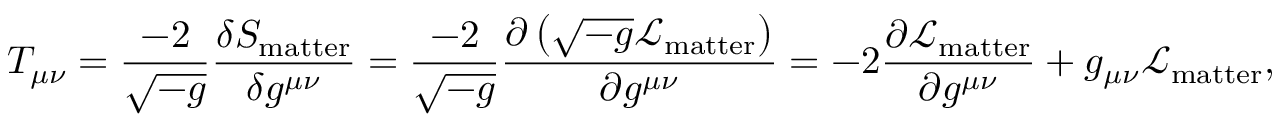
T _ { \mu \nu } = { \frac { - 2 } { \sqrt { - g } } } { \frac { \delta S _ { \mathrm { m a t t e r } } } { \delta g ^ { \mu \nu } } } = { \frac { - 2 } { \sqrt { - g } } } { \frac { \partial \left( { \sqrt { - g } } { \mathcal { L } } _ { \mathrm { m a t t e r } } \right) } { \partial g ^ { \mu \nu } } } = - 2 { \frac { \partial { \mathcal { L } } _ { \mathrm { m a t t e r } } } { \partial g ^ { \mu \nu } } } + g _ { \mu \nu } { \mathcal { L } } _ { \mathrm { m a t t e r } } ,